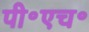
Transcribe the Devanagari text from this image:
पी॰एच॰